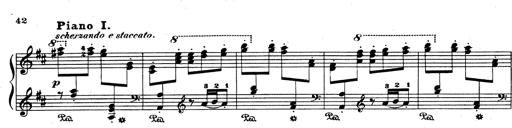
Title: Rhapsodie espagnole
Composer: Franz Liszt